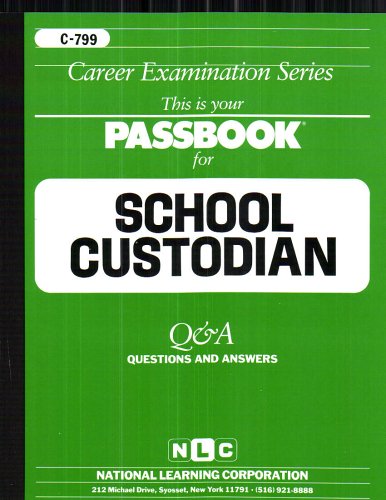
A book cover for School Custodian(Passbooks) (Career Examination Series : C 799); Jack Rudman; Test Preparation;